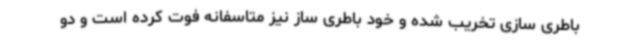
باطری سازی تخریب شده و خود باطری ساز نیز متاسفانه فوت کرده است و دو